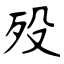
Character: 殁